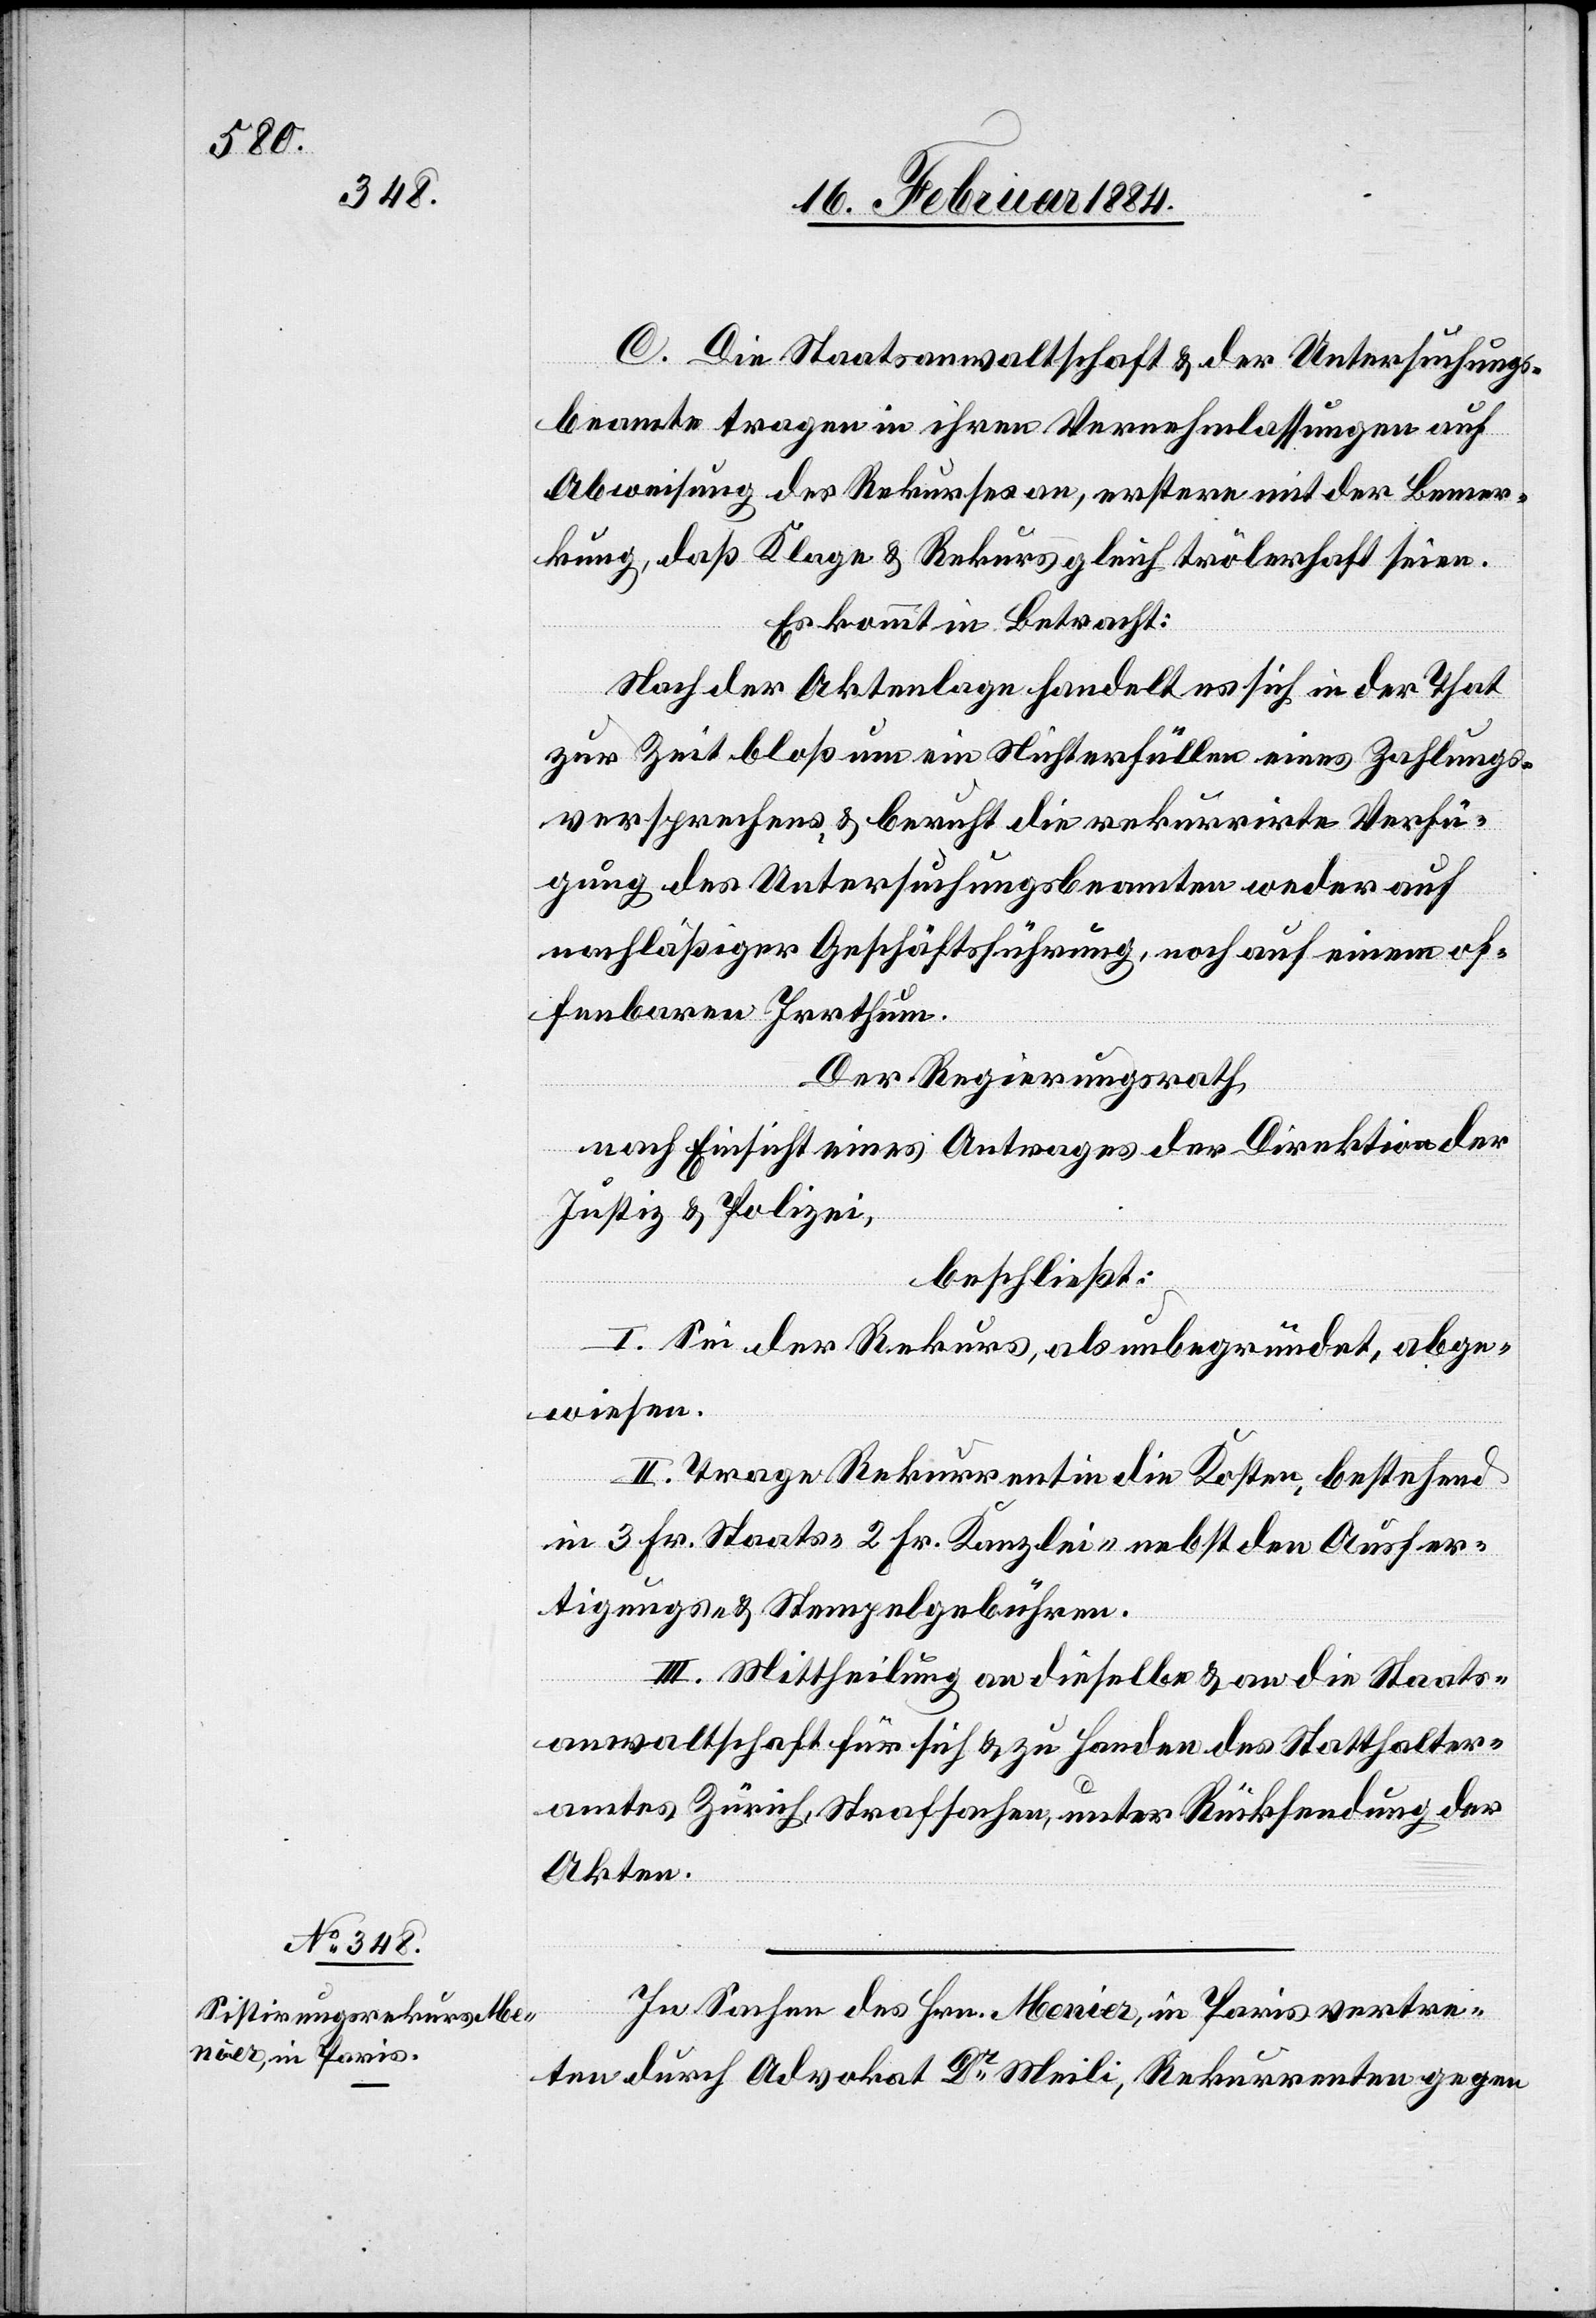
C. Die Staatsanwaltschaft & der Untersuchungs¬
beamte tragen in ihren Vernehmlassungen auf
Abweisung des Rekurses an, erstere mit der Bemer¬
kung, daß Klage & Rekurs gleich trölerisch seien.
Es kommt in Betracht:
Nach der Aktenlage handelt es sich in der That
zur Zeit bloß um ein Nichterfüllen eines Zahlungs¬
versprechens & beruht die rekurrirte Verfü¬
gung des Untersuchungsbeamten weder auf
nachläßiger Geschäftsführung, noch auf einem of¬
fenbaren Irrthum.
Der Regierungsrath,
nach Einsicht eines Antrages der Direktion der
Justiz & Polizei,
beschließt:
I. Sei der Rekurs, als unbegründet, abge¬
wiesen.
II. Trage Rekurrentin die Kosten, bestehend
in 3 Fr. Staats-, 2 Fr. Kanzlei- nebst den Ausfer¬
tigungs- & Stempelgebühren.
III. Mittheilung an dieselbe & an die Staats¬
anwaltschaft für sich & zu Handen des Statthalter¬
amtes Zürich, Strafsachen, unter Rücksendung der
Akten.